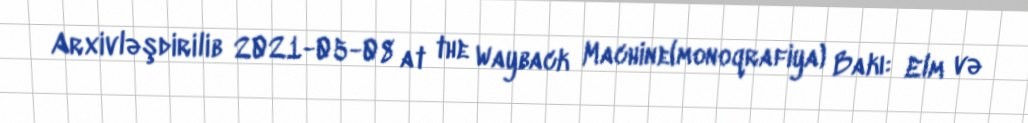
Arxivləşdirilib 2021-05-08 at the Wayback Machine(monoqrafiya) Bakı: Elm və